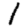
Digit: 1